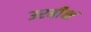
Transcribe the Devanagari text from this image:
उरबीक्ष